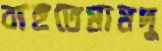
বাহুতেমামদু